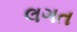
લગત